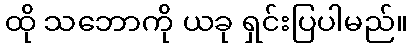
ထို သဘောကို ယခု ရှင်းပြပါမည်။